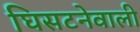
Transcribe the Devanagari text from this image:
घिसटनेवाली